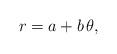
LaTeX: \begin{align*}r=a+b\,\theta,\end{align*}